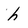
Character: h